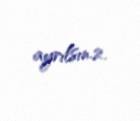
ayrılsın.2.